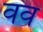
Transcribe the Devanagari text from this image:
वव